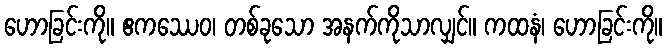
ဟောခြင်းကို။ ဧကဿေဝ၊ တစ်ခုသော အနက်ကိုသာလျှင်။ ကထနံ၊ ဟောခြင်းကို။